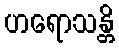
ဟရောသန္တိ